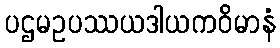
ပဌမဥပဿယဒါယကဝိမာနံ